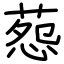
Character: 葾